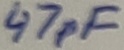
Text: 47pF